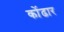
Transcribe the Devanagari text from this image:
कोंढार